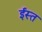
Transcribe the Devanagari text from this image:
ईस्त